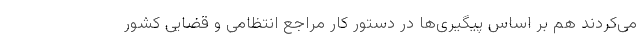
می‌کردند هم بر اساس پیگیری‌ها در دستور کار مراجع انتظامی و قضایی کشور